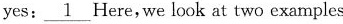
yes: \underline{1} Here,we look at two examples.